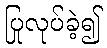
ပြုလုပ်ခဲ့၍